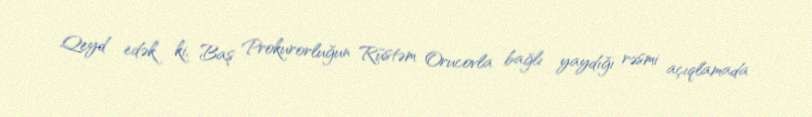
Qeyd edək ki, Baş Prokurorluğun Rüstəm Orucovla bağlı yaydığı rəsmi açıqlamada